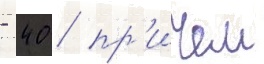
- 40 / пр'ичем